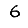
Digit: 6